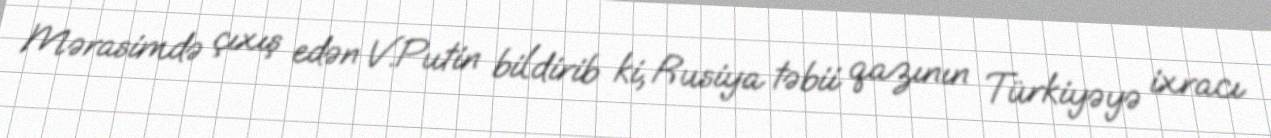
Mərasimdə çıxış edən V.Putin bildirib ki, Rusiya təbii qazının Türkiyəyə ixracı